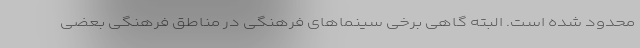
محدود شده است. البته گاهی برخی سینماهای فرهنگی در مناطق فرهنگی بعضی